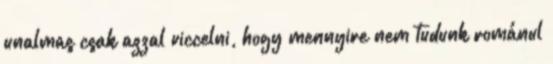
unalmas csak azzal viccelni, hogy mennyire nem tudunk románul